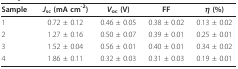
<table><thead><tr><td><b>Sample</b></td><td><b><i>J</i><sub>sc </sub>(mA cm<sup>-2</sup>)</b></td><td><b><i>V</i><sub>oc </sub>(V)</b></td><td><b>FF</b></td><td><b><i>η </i>(%)</b></td></tr></thead><tbody><tr><td>1</td><td>0.72 ± 0.12</td><td>0.46 ± 0.05</td><td>0.38 ± 0.02</td><td>0.13 ± 0.02</td></tr><tr><td>2</td><td>1.27 ± 0.16</td><td>0.50 ± 0.07</td><td>0.39 ± 0.01</td><td>0.25 ± 0.01</td></tr><tr><td>3</td><td>1.52 ± 0.04</td><td>0.56 ± 0.01</td><td>0.40 ± 0.01</td><td>0.34 ± 0.02</td></tr><tr><td>4</td><td>1.86 ± 0.11</td><td>0.32 ± 0.03</td><td>0.31 ± 0.03</td><td>0.19 ± 0.01</td></tr></tbody></table>